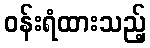
ဝန်းရံထားသည့်